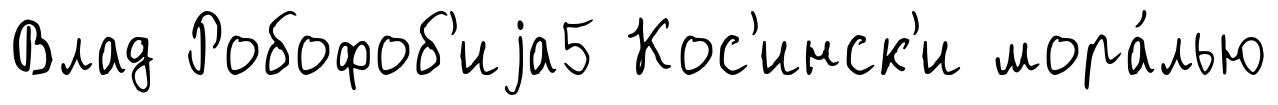
Влад Робофоб'иjа5 Кос'инск'и мора́лью